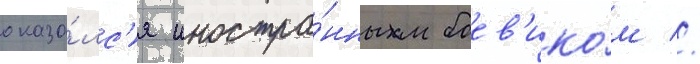
оказа́лс'я иностра́нным боев'ико́м //